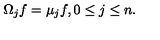
\Omega _ { j } f = \mu _ { j } f , 0 \leq j \leq n .